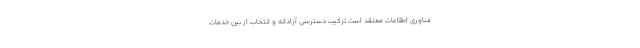
فناوری اطلاعات معتقد است ترکیب دسترسی آزادانه و انتخاب از بین خدمات